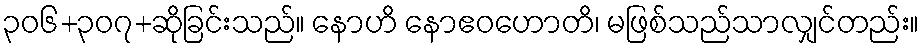
၃၀၆+၃၀၇+ဆိုခြင်းသည်။ နောဟိ နောဧဝဟောတိ၊ မဖြစ်သည်သာလျှင်တည်း။